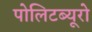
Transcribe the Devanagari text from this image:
पोलिटब्यूरो